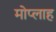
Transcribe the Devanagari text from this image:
मोप्लाह